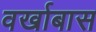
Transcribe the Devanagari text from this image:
वर्खाबास